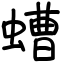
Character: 螬